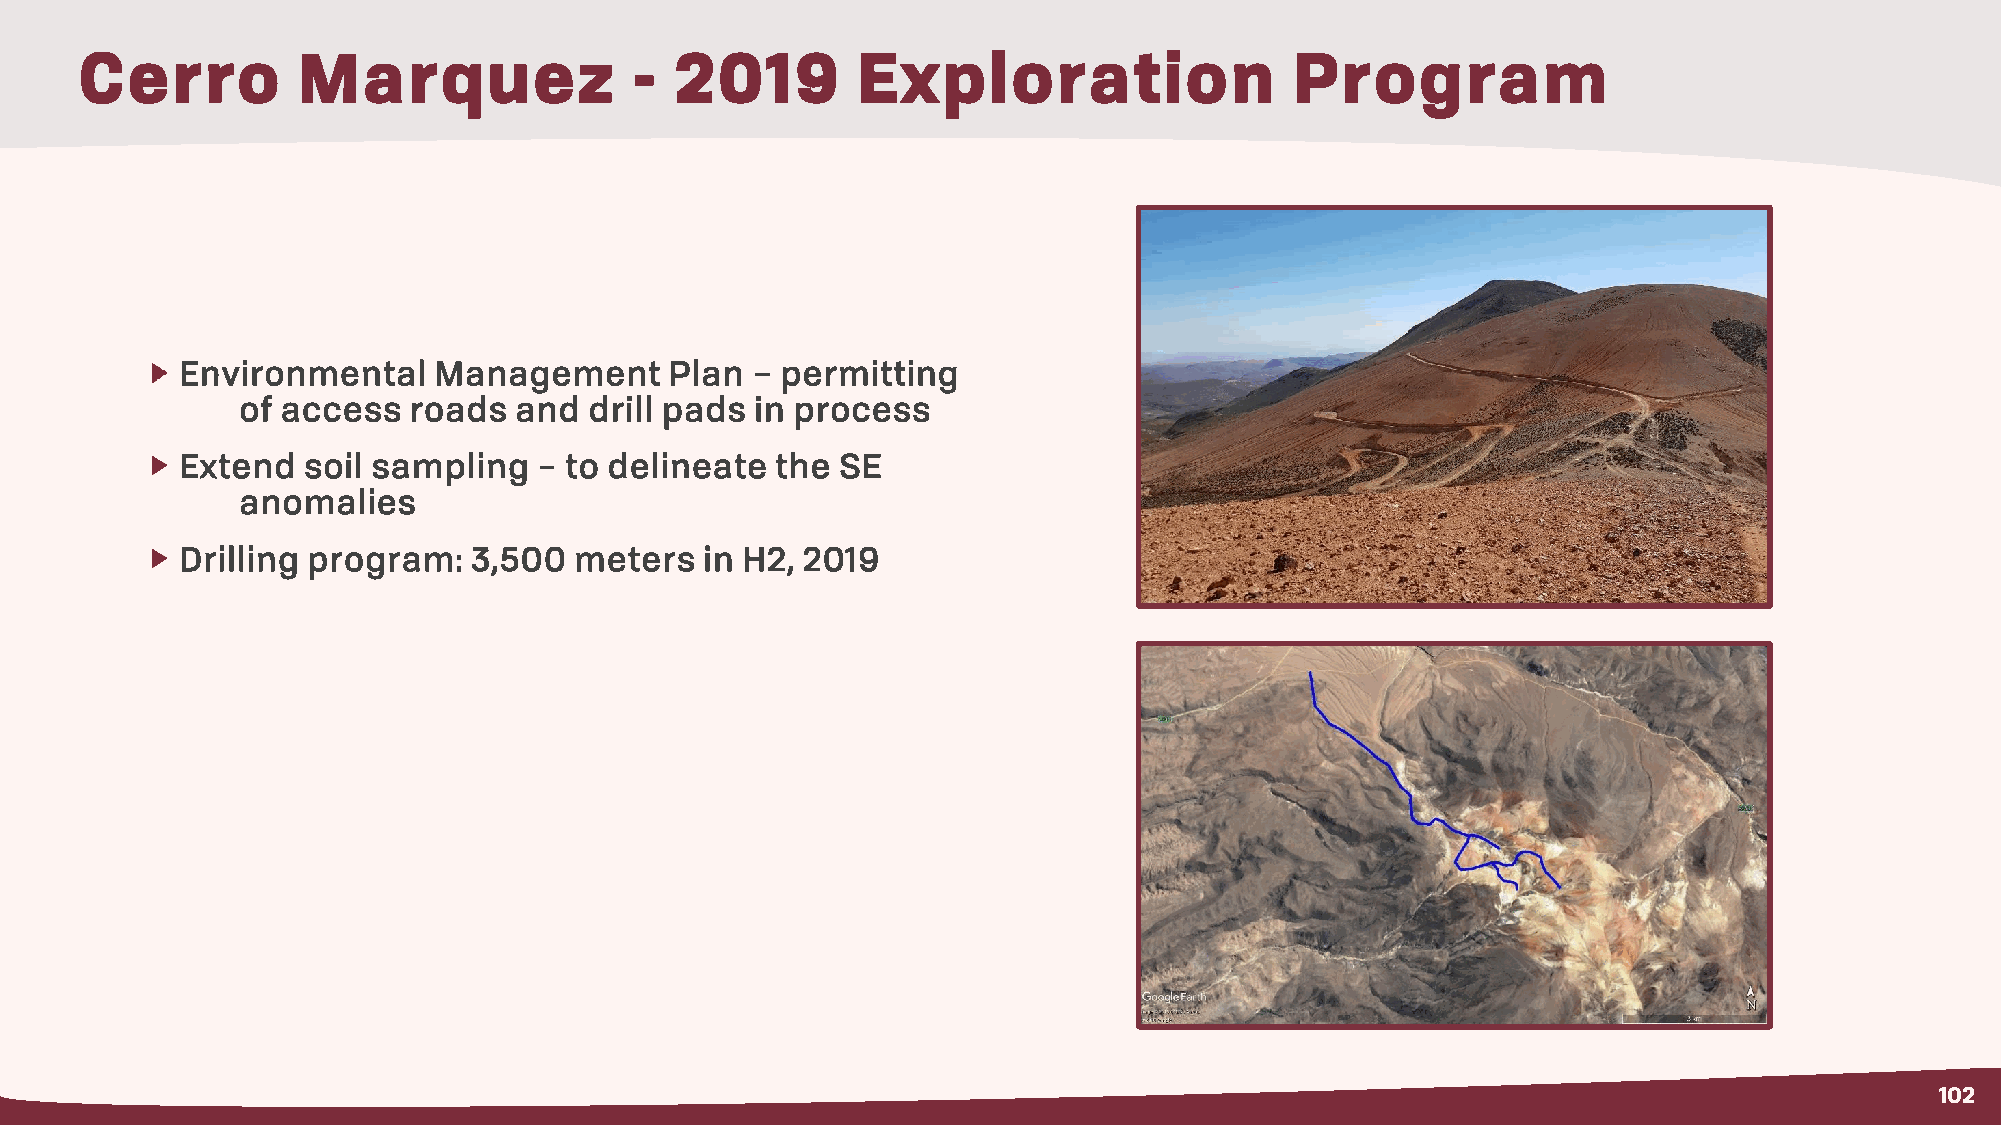
Cerro          Marquez               -  2019        Exploration                  Program
 Environmental    Management     Plan  – permitting
 of access  roads  and  drill pads in process
 Extend  soil sampling   – to delineate the  SE
 anomalies
 Drilling program:  3,500  meters   in H2, 2019
 102